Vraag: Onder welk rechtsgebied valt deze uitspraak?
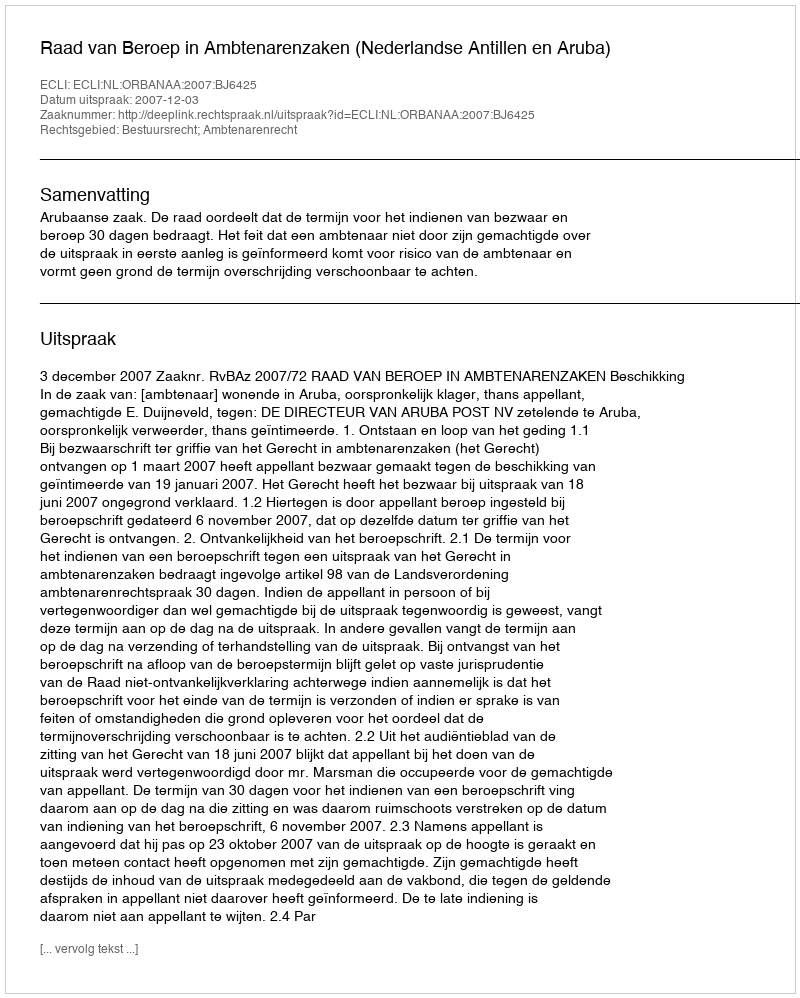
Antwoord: Bestuursrecht; Ambtenarenrecht